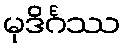
မုဒိင်္ဂဿ